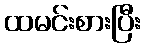
ထမင်းစားပြီး